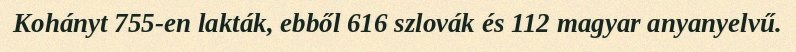
Kohányt 755-en lakták, ebből 616 szlovák és 112 magyar anyanyelvű.